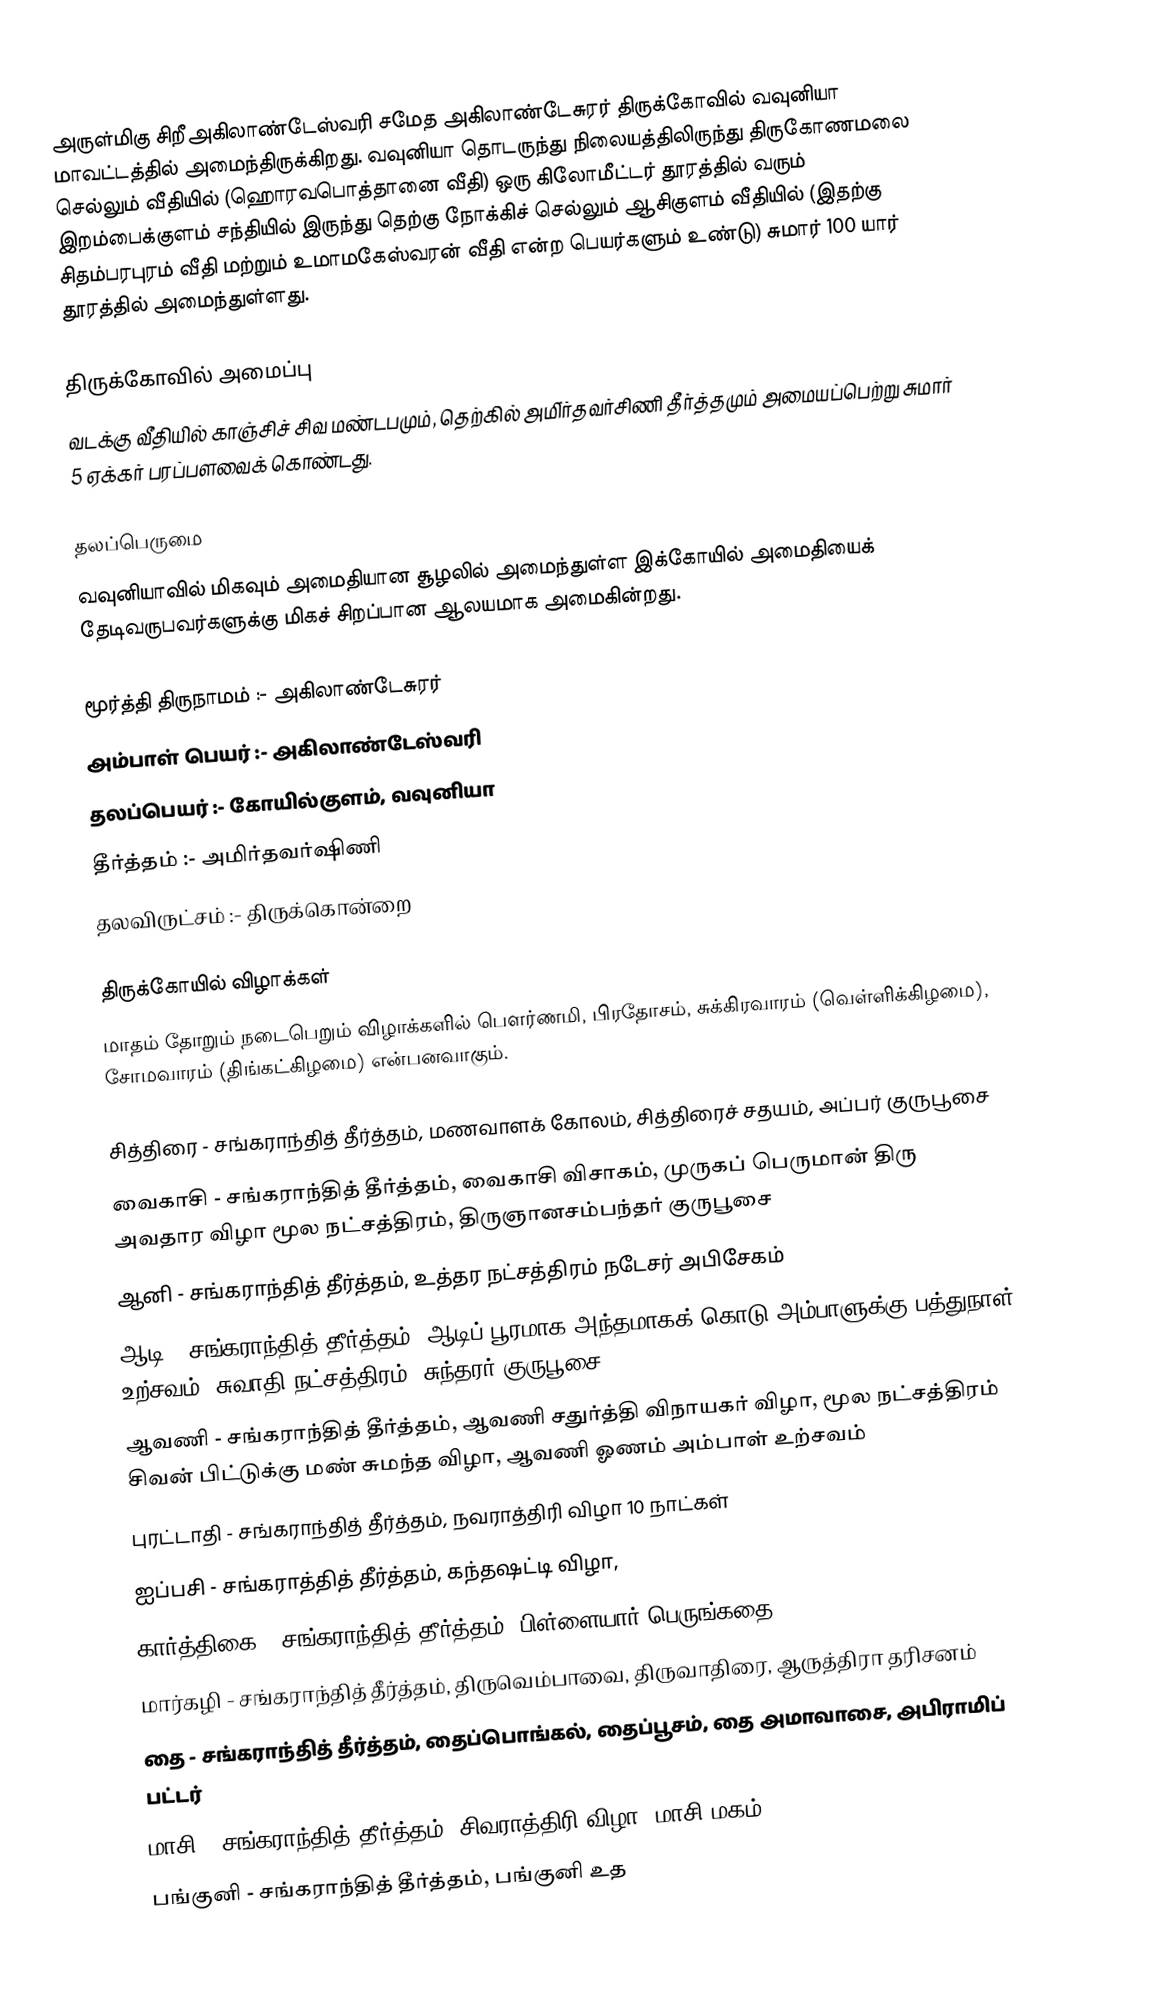
அருள்மிகு சிறீஅகிலாண்டேஸ்வரி சமேத அகிலாண்டேசுரர் திருக்கோவில் வவுனியா மாவட்டத்தில் அமைந்திருக்கிறது. வவுனியா தொடருந்து நிலையத்திலிருந்து திருகோணமலை செல்லும் வீதியில் (ஹொரவபொத்தானை வீதி) ஒரு கிலோமீட்டர் தூரத்தில் வரும் இறம்பைக்குளம் சந்தியில்  இருந்து தெற்கு நோக்கிச் செல்லும்  ஆசிகுளம் வீதியில் (இதற்கு சிதம்பரபுரம் வீதி மற்றும் உமாமகேஸ்வரன் வீதி என்ற பெயர்களும் உண்டு) சுமார் 100 யார் தூரத்தில் அமைந்துள்ளது.

திருக்கோவில் அமைப்பு
வடக்கு வீதியில் காஞ்சிச் சிவ மண்டபமும், தெற்கில் அமி்ர்தவர்சிணி தீர்த்தமும் அமையப்பெற்று சுமார் 5 ஏக்கர் பரப்பளவைக் கொண்டது.

தலப்பெருமை
வவுனியாவில் மிகவும் அமைதியான சூழலில் அமைந்துள்ள இக்கோயில் அமைதியைக் தேடிவருபவர்களுக்கு மிகச் சிறப்பான ஆலயமாக அமைகின்றது.

மூர்த்தி திருநாமம்  :- அகிலாண்டேசுரர்
அம்பாள் பெயர்     :- அகிலாண்டேஸ்வரி
தலப்பெயர்         :- கோயில்குளம், வவுனியா
தீர்த்தம்            :- அமிர்தவர்ஷிணி
தலவிருட்சம்       :- திருக்கொன்றை

திருக்கோயில் விழாக்கள்
மாதம் தோறும் நடைபெறும் விழாக்களில் பெளர்ணமி, பிரதோசம், சுக்கிரவாரம் (வெள்ளிக்கிழமை), சோமவாரம் (திங்கட்கிழமை) என்பனவாகும்.

சித்திரை - சங்கராந்தித் தீர்த்தம், மணவாளக் கோலம், சித்திரைச் சதயம், அப்பர் குருபூசை
வைகாசி - சங்கராந்தித் தீர்த்தம், வைகாசி விசாகம், முருகப் பெருமான் திரு அவதார விழா மூல நட்சத்திரம், திருஞானசம்பந்தர் குருபூசை
ஆனி - சங்கராந்தித் தீர்த்தம், உத்தர நட்சத்திரம் நடேசர் அபிசேகம்
ஆடி - சங்கராந்தித் தீர்த்தம், ஆடிப் பூரமாக அந்தமாகக் கொடு அம்பாளுக்கு பத்துநாள் உற்சவம், சுவாதி நட்சத்திரம், சுந்தரர் குருபூசை
ஆவணி - சங்கராந்தித் தீர்த்தம், ஆவணி சதுர்த்தி விநாயகர் விழா, மூல நட்சத்திரம் சிவன் பிட்டுக்கு மண் சுமந்த விழா, ஆவணி ஓணம் அம்பாள் உற்சவம்
புரட்டாதி - சங்கராந்தித் தீர்த்தம், நவராத்திரி விழா 10 நாட்கள்
ஐப்பசி - சங்கராத்தித் தீர்த்தம், கந்தஷட்டி விழா,
கார்த்திகை - சங்கராந்தித் தீர்த்தம், பிள்ளையார் பெருங்கதை
மார்கழி - சங்கராந்தித் தீர்த்தம், திருவெம்பாவை, திருவாதிரை, ஆருத்திரா தரிசனம்
தை - சங்கராந்தித் தீர்த்தம், தைப்பொங்கல், தைப்பூசம், தை அமாவாசை, அபிராமிப் பட்டர்
மாசி - சங்கராந்தித் தீர்த்தம், சிவராத்திரி விழா, மாசி மகம்
பங்குனி -  சங்கராந்தித் தீர்த்தம், பங்குனி உத